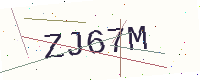
Text: ZJ67M